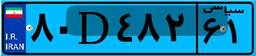
۸۰D۴۸۲۶۱